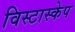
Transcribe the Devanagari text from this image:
विस्टास्केप